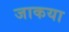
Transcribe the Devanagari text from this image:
जाकया